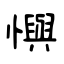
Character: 懙